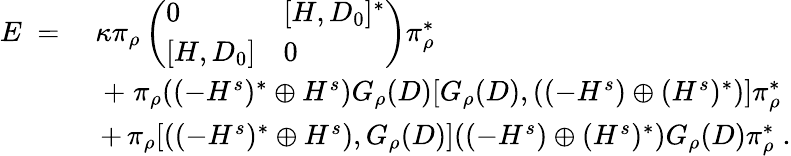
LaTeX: \begin{array}{rl}{E\; =\; }&{\kappa\pi_{\rho}\left(\begin{array}{ll}{0}&{[H,D_{0}]^{*}}\\ {[H,D_{0}]}&{0}\end{array}\right)\pi_{\rho}^{*}}\\ &{\; +\; \pi_{\rho}((-H^{s})^{*}\oplus H^{s})G_{\rho}(D)[G_{\rho}(D),((-H^{s})\oplus(H^{s})^{*})]\pi_{\rho}^{*}}\\ &{\, +\, \pi_{\rho}[((-H^{s})^{*}\oplus H^{s}),G_{\rho}(D)]((-H^{s})\oplus(H^{s})^{*})G_{\rho}(D)\pi_{\rho}^{*}\; .}\end{array}